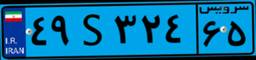
۴۹S۳۲۴۶۵